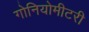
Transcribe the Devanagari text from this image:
गोनियोमीटरी